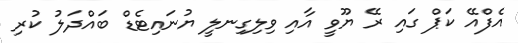
އެފްއޭ ކަޕް ގައި ރޭ ޔޫވީ އާއި ވިލިގިނލީ ޔުނައިޓެޑް ބައްދަލު ކުރި